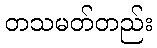
တသမတ်တည်း